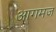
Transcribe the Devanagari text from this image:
आगमज